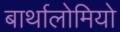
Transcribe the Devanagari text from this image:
बार्थालोमियो